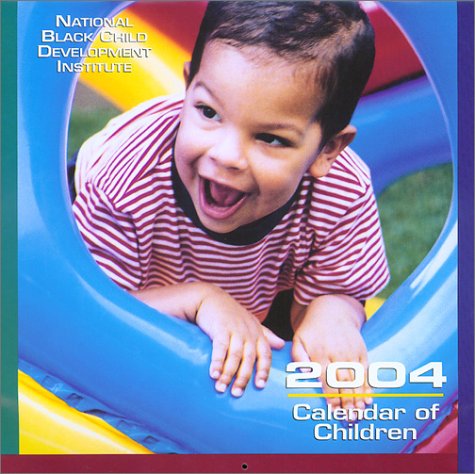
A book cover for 2004 Calendar of Children; Vicki Davis Pinkston; Calendars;